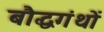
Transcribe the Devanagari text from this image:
बौद्धगंथों